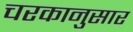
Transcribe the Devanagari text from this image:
चरकानुसार